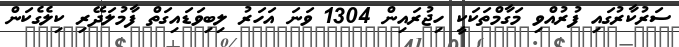
ސަރުކާރުގައި ފުރުއްވި މަގާމްތަކަކީ ހިޖުރައިން 1304 ވަނަ އަހަރު ލިބިވަޑައިގަތް ފާމުލަދޭރި ކިލެގެކަން